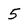
Character: 5